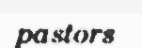
pastors